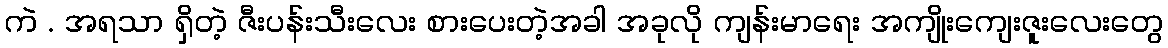
ကဲ . အရသာ ရှိတဲ့ ဇီးပန်းသီးလေး စားပေးတဲ့အခါ အခုလို ကျန်းမာရေး အကျိုးကျေးဇူးလေးတွေ